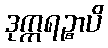
ဒုက္ကရဉ္စာပိ